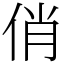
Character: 俏